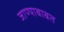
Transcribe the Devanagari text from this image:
जाण्याबाबत